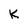
Character: K